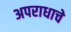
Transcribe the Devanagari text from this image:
अपराधाचे